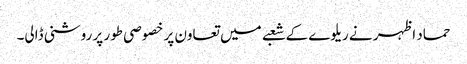
حماد اظہر نے ریلوے کے شعبے میں تعاون پر خصوصی طور پر روشنی ڈالی۔